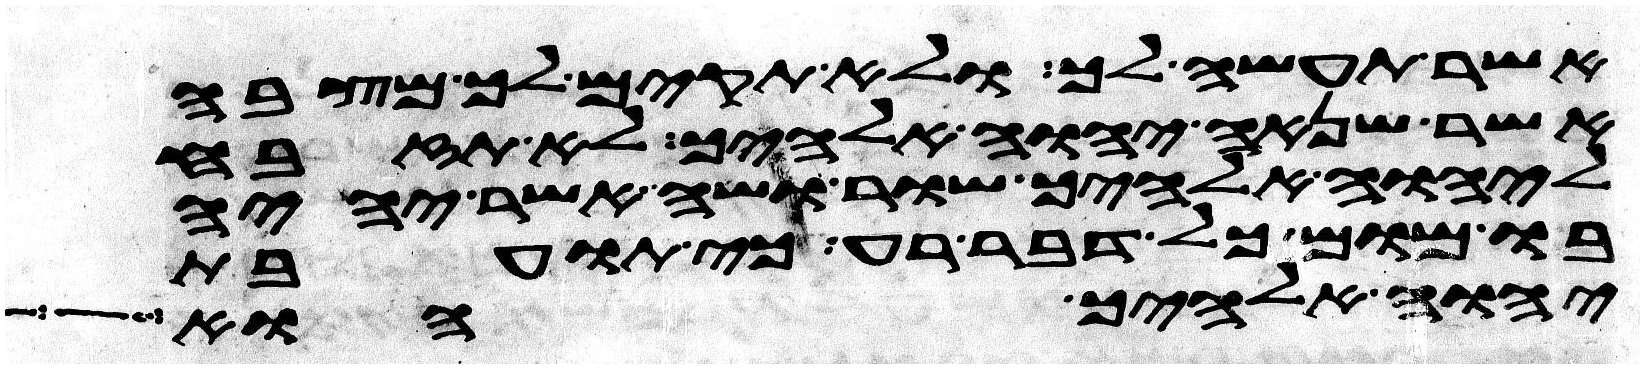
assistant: אשר תעשה לך ולא תקים לך מצבה
אשר שנאה יהוה אלהיך לא תזבח
ליהוה אלהיך שור ושה אשר יהיה
בו מום כל דבר רע כי תועבת
יהוה אלהיך הוא